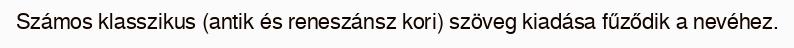
Számos klasszikus (antik és reneszánsz kori) szöveg kiadása fűződik a nevéhez.